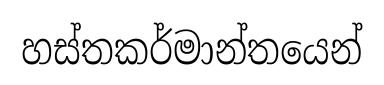
හස්තකර්මාන්තයෙන්